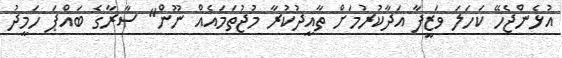
އުޅެންޖެހޭ ކަހަލަ ވަޒީފާ އަދާކުރުމަށް ތާއީދުކުރާ މުޖުތަމައެއް ނޫން" ސާރާގެ ބައްޕަ ހަމީދު